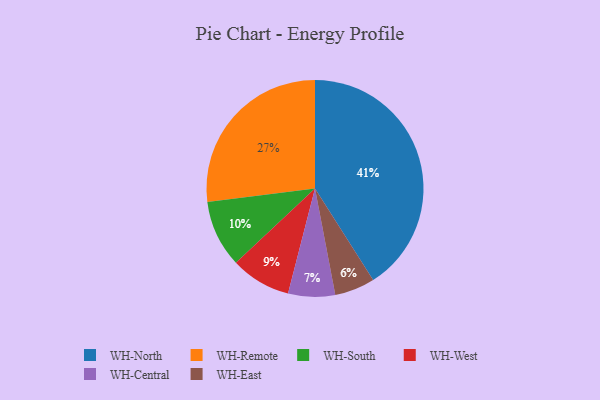
{"axis": {"x": "Category", "y": "Percentage"}, "legend": ["WH-Central", "WH-East", "WH-North", "WH-Remote", "WH-South", "WH-West"], "data": [{"x": "WH-Central", "y": 7, "type": "WH-Central"}, {"x": "WH-Remote", "y": 27, "type": "WH-Remote"}, {"x": "WH-East", "y": 6, "type": "WH-East"}, {"x": "WH-West", "y": 9, "type": "WH-West"}, {"x": "WH-North", "y": 41, "type": "WH-North"}, {"x": "WH-South", "y": 10, "type": "WH-South"}]}